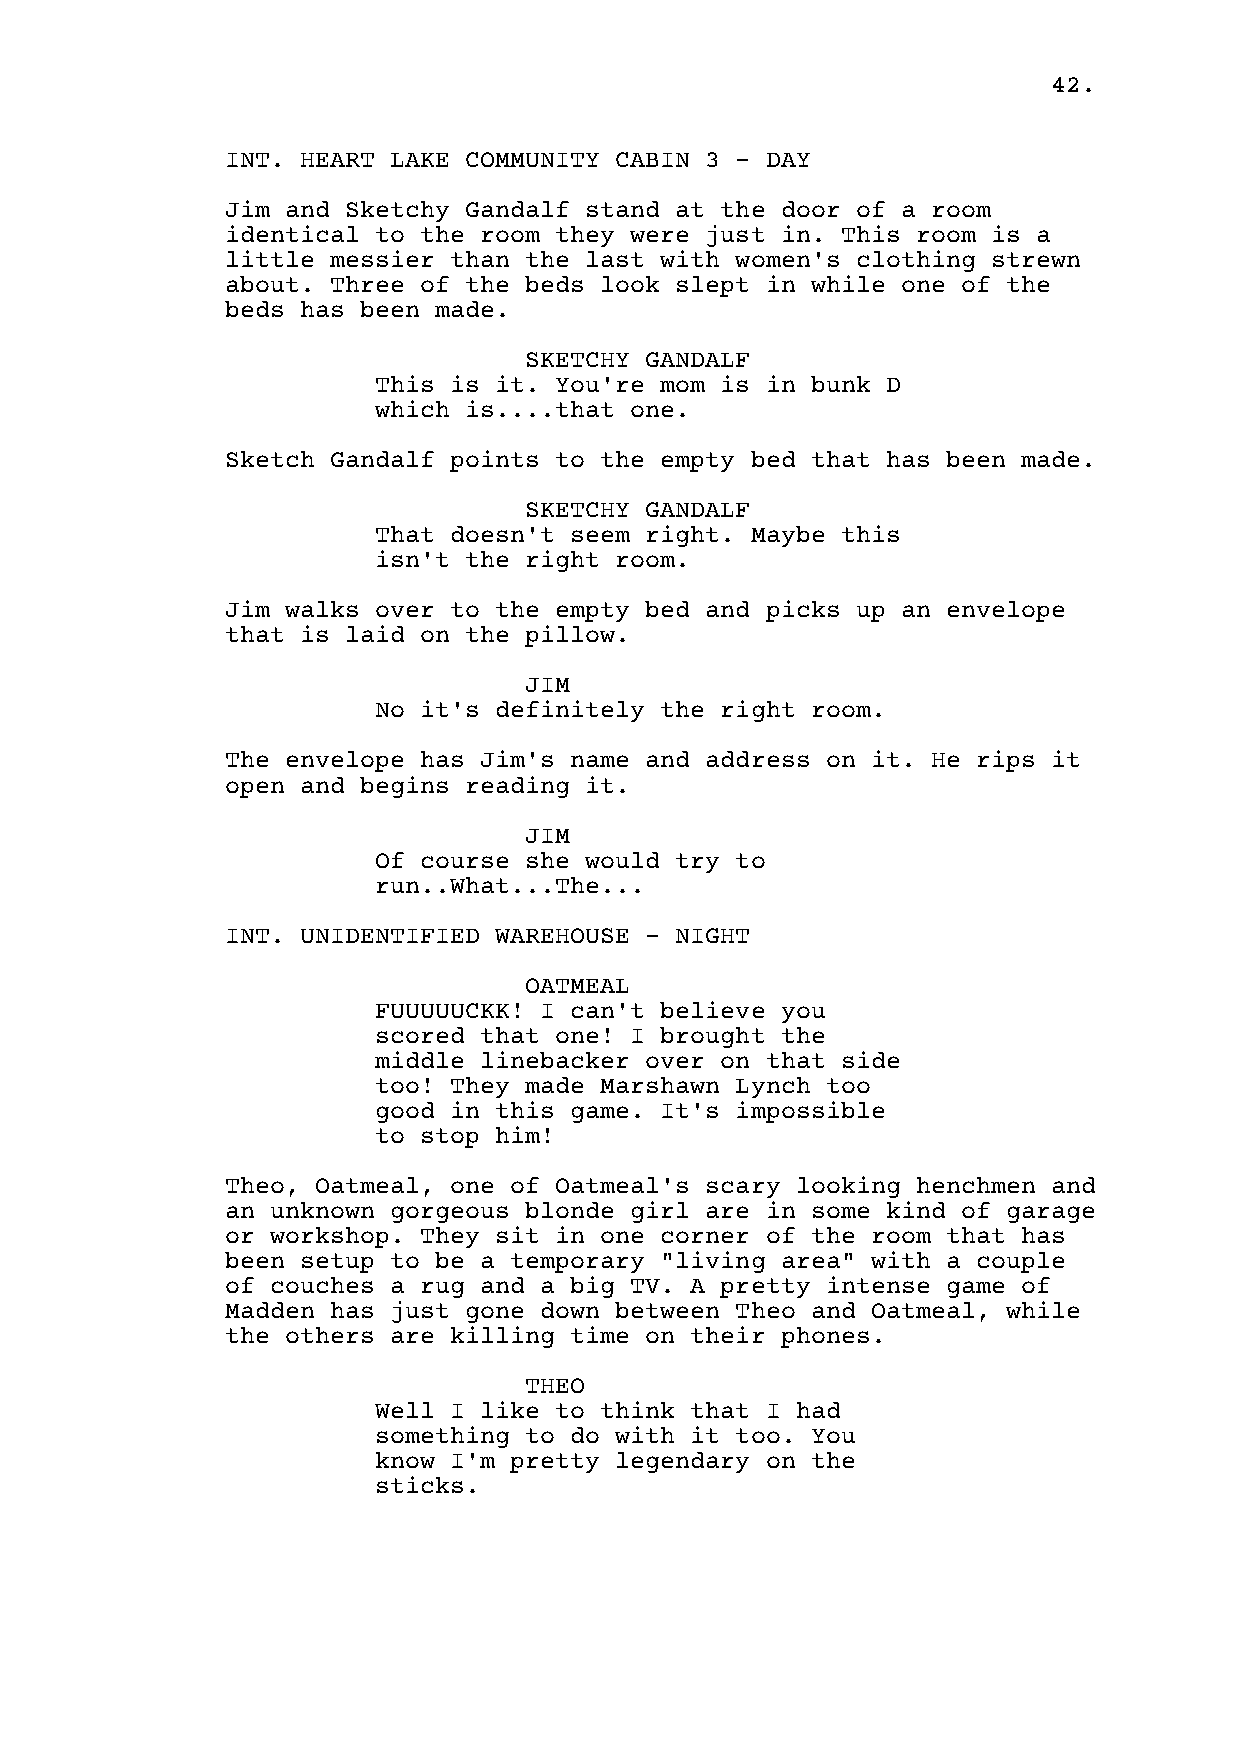
42.
 INT. HEART LAKE COMMUNITY CABIN 3 - DAY
 Jim and Sketchy Gandalf stand at the door of a room
 identical to the room they were just in. This room is a
 little messier than the last with women's clothing strewn
 about. Three of the beds look slept in while one of the
 beds has been made.
 SKETCHY GANDALF
 This is it. You're mom is in bunk D
 which is....that one.
 Sketch Gandalf points to the empty bed that has been made.
 SKETCHY GANDALF
 That doesn't seem right. Maybe this
 isn't the right room.
 Jim walks over to the empty bed and picks up an envelope
 that is laid on the pillow.
 JIM
 No it's definitely the right room.
 The envelope has Jim's name and address on it. He rips it
 open and begins reading it.
 JIM
 Of course she would try to
 run..What...The...
 INT. UNIDENTIFIED WAREHOUSE - NIGHT
 OATMEAL
 FUUUUUCKK! I can't believe you
 scored that one! I brought the
 middle linebacker over on that side
 too! They made Marshawn Lynch too
 good in this game. It's impossible
 to stop him!
 Theo, Oatmeal, one of Oatmeal's scary looking henchmen and
 an unknown gorgeous blonde girl are in some kind of garage
 or workshop. They sit in one corner of the room that has
 been setup to be a temporary "living area" with a couple
 of couches a rug and a big TV. A pretty intense game of
 Madden has just gone down between Theo and Oatmeal, while
 the others are killing time on their phones.
 THEO
 Well I like to think that I had
 something to do with it too. You
 know I'm pretty legendary on the
 sticks.